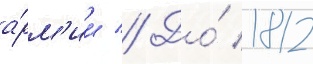
а́рм'ии // До́ 1812